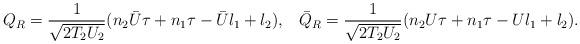
LaTeX: \begin{align*}Q_R = \frac{1}{\sqrt{2 T_2 U_2}}(n_2 {\bar U}\tau+ n_1 \tau - {\bar U} l_1 +l_2),\;\;\;{\bar Q}_R = \frac{1}{\sqrt{2 T_2 U_2}}(n_2 U \tau + n_1 \tau - U l_1 +l_2).\end{align*}